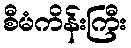
စီမံကိန်းကြီး